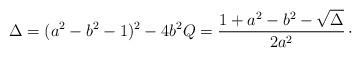
LaTeX: \begin{align*} \Delta = (a^2 - b^2 - 1)^2 - 4 b^2 Q = \frac{1 + a^2 - b^2 - \sqrt{\Delta}}{2 a^2} \, \cdot\end{align*}